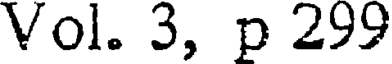
Vol. 3, p 299